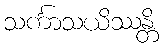
သင်္ကာသယိဿန္တိ